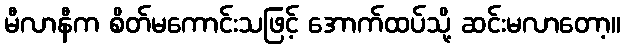
မီလာနီက စိတ်မကောင်းသဖြင့် အောက်ထပ်သို့ ဆင်းမလာတော့။